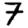
Digit: 7